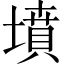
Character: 墳